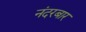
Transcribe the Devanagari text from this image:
नंदरबार